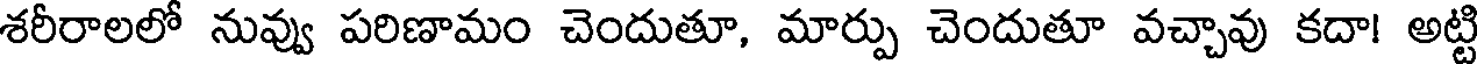
శరీరాలలో నువ్వు పరిణామం చెందుతూ, మార్పు చెందుతూ వచ్చావు కదా! అట్టి